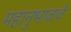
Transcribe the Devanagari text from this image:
महानुभावावे